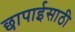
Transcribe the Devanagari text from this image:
छापाईसाठी